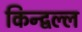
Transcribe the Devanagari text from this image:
किन्द्वल्ल